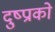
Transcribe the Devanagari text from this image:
दुष्प्राको